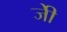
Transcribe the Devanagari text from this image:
जीे